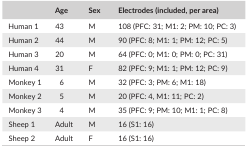
|  | Age | Sex | Electrodes (included, per area) |
 | --- | --- | --- | --- |
 | Human 1 | 43 | M | 108 (PFC: 31; M1: 2; PM: 10; PC: 3) |
 | Human 2 | 44 | M | 90 (PFC: 8; M1: 1; PM: 12; PC: 5) |
 | Human 3 | 20 | M | 64 (PFC: 0; M1: 0; PM: 0; PC: 31) |
 | Human 4 | 31 | F | 82 (PFC: 9; M1: 1; PM: 12; PC: 9) |
 | Monkey 1 | 6 | M | 32 (PFC: 3; PM: 6; M1: 18) |
 | Monkey 2 | 5 | M | 20 (PFC: 4, M1: 11; PC: 2) |
 | Monkey 3 | 4 | M | 35 (PFC: 9; PM: 10; M1: 1; PC: 8) |
 | Sheep 1 | Adult | M | 16 (S1: 16) |
 | Sheep 2 | Adult | F | 16 (S1: 16) |